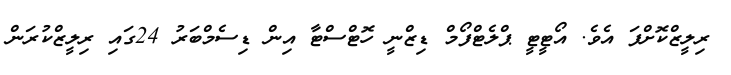
ރިލީޒްކޮށްފަ އެވެ. އޯޓީޓީ ޕްލެޓްފޯމް ޑިޒްނީ ހޮޓްސްޓާ އިން ޑިސެމްބަރު 24ގައި ރިލީޒްކުރަން